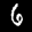
Label: 6